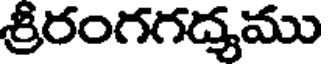
శ్రీరంగగద్యము